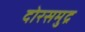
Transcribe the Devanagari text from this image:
दोरसमुद्र